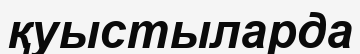
қуыстыларда